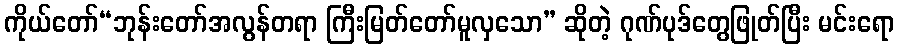
ကိုယ်တော်“ဘုန်းတော်အလွန်တရာ ကြီးမြတ်တော်မူလှသော” ဆိုတဲ့ ဂုဏ်ပုဒ်တွေဖြုတ်ပြီး မင်းရော